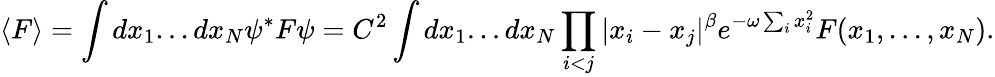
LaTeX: \langle F\rangle=\int dx_{1}...dx_{N}\psi^{*}F\psi=C^{2}\int dx_{1}...dx_{N}\prod_{i<j}|x_{i}-x_{j}|^{\beta}e^{-\omega\sum_{i}x_{i}^{2}}F(x_{1},...,x_{N}).